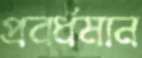
প্রবর্ধমান